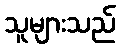
သူများသည်